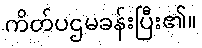
ကိတ်ပဌမခန်းပြီး၏။